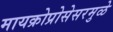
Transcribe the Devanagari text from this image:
मायक्रोप्रोसेसरमुळे